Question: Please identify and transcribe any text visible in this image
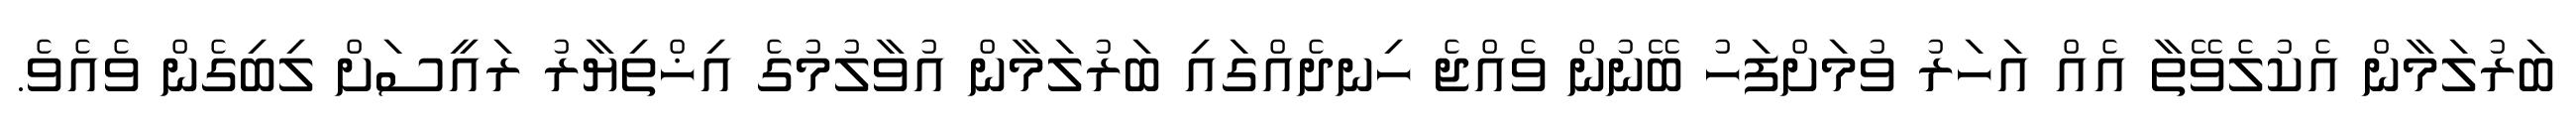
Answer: ބަރުލަމާން އެކުލެވޭތާ އެއް އަހަރު ވުމަށްފަހު ބޭނުން ވެއްޖެ ހިނދެއްގައި ބަރުލަމާން އުވާލުމުގެ އިޚްތިޔާރު ރައީސަށް ލިބިގެން ވެއެވެ.